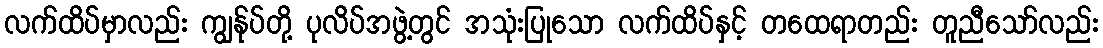
လက်ထိပ်မှာလည်း ကျွန်ုပ်တို့ ပုလိပ်အဖွဲ့တွင် အသုံးပြုသော လက်ထိပ်နှင့် တထေရာတည်း တူညီသော်လည်း